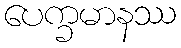
ပေက္ခမာနဿ